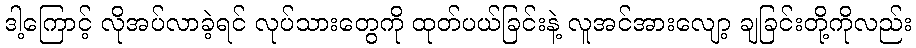
ဒါ့ကြောင့် လိုအပ်လာခဲ့ရင် လုပ်သားတွေကို ထုတ်ပယ်ခြင်းနဲ့ လူအင်အားလျော့ ချခြင်းတို့ကိုလည်း